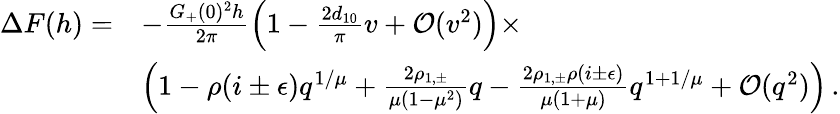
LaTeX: \begin{array}{rl}{\Delta F(h)=}&{-\frac{G_{+}(0)^{2}h}{2\pi}\left(1-\frac{2d_{10}}{\pi}v+\mathcal{O}(v^{2})\right)\times}\\ &{\left(1-\rho(i\pm\epsilon)q^{1/\mu}+\frac{2\rho_{1,\pm}}{\mu(1-\mu^{2})}q-\frac{2\rho_{1,\pm}\rho(i\pm\epsilon)}{\mu(1+\mu)}q^{1+1/\mu}+\mathcal{O}(q^{2})\right)\, .}\end{array}